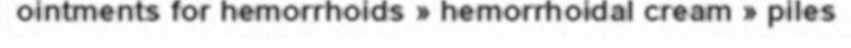
ointments for hemorrhoids » hemorrhoidal cream » piles